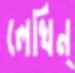
লেখিন্